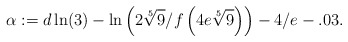
\begin{align*}\alpha :=d\ln(3)-\ln\left(2\sqrt[5]{9}/f\left(4e\sqrt[5]{9}\right)\right)-4/e-.03.\end{align*}